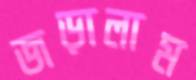
জড়ালাম